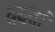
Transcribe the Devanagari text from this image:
ददतां